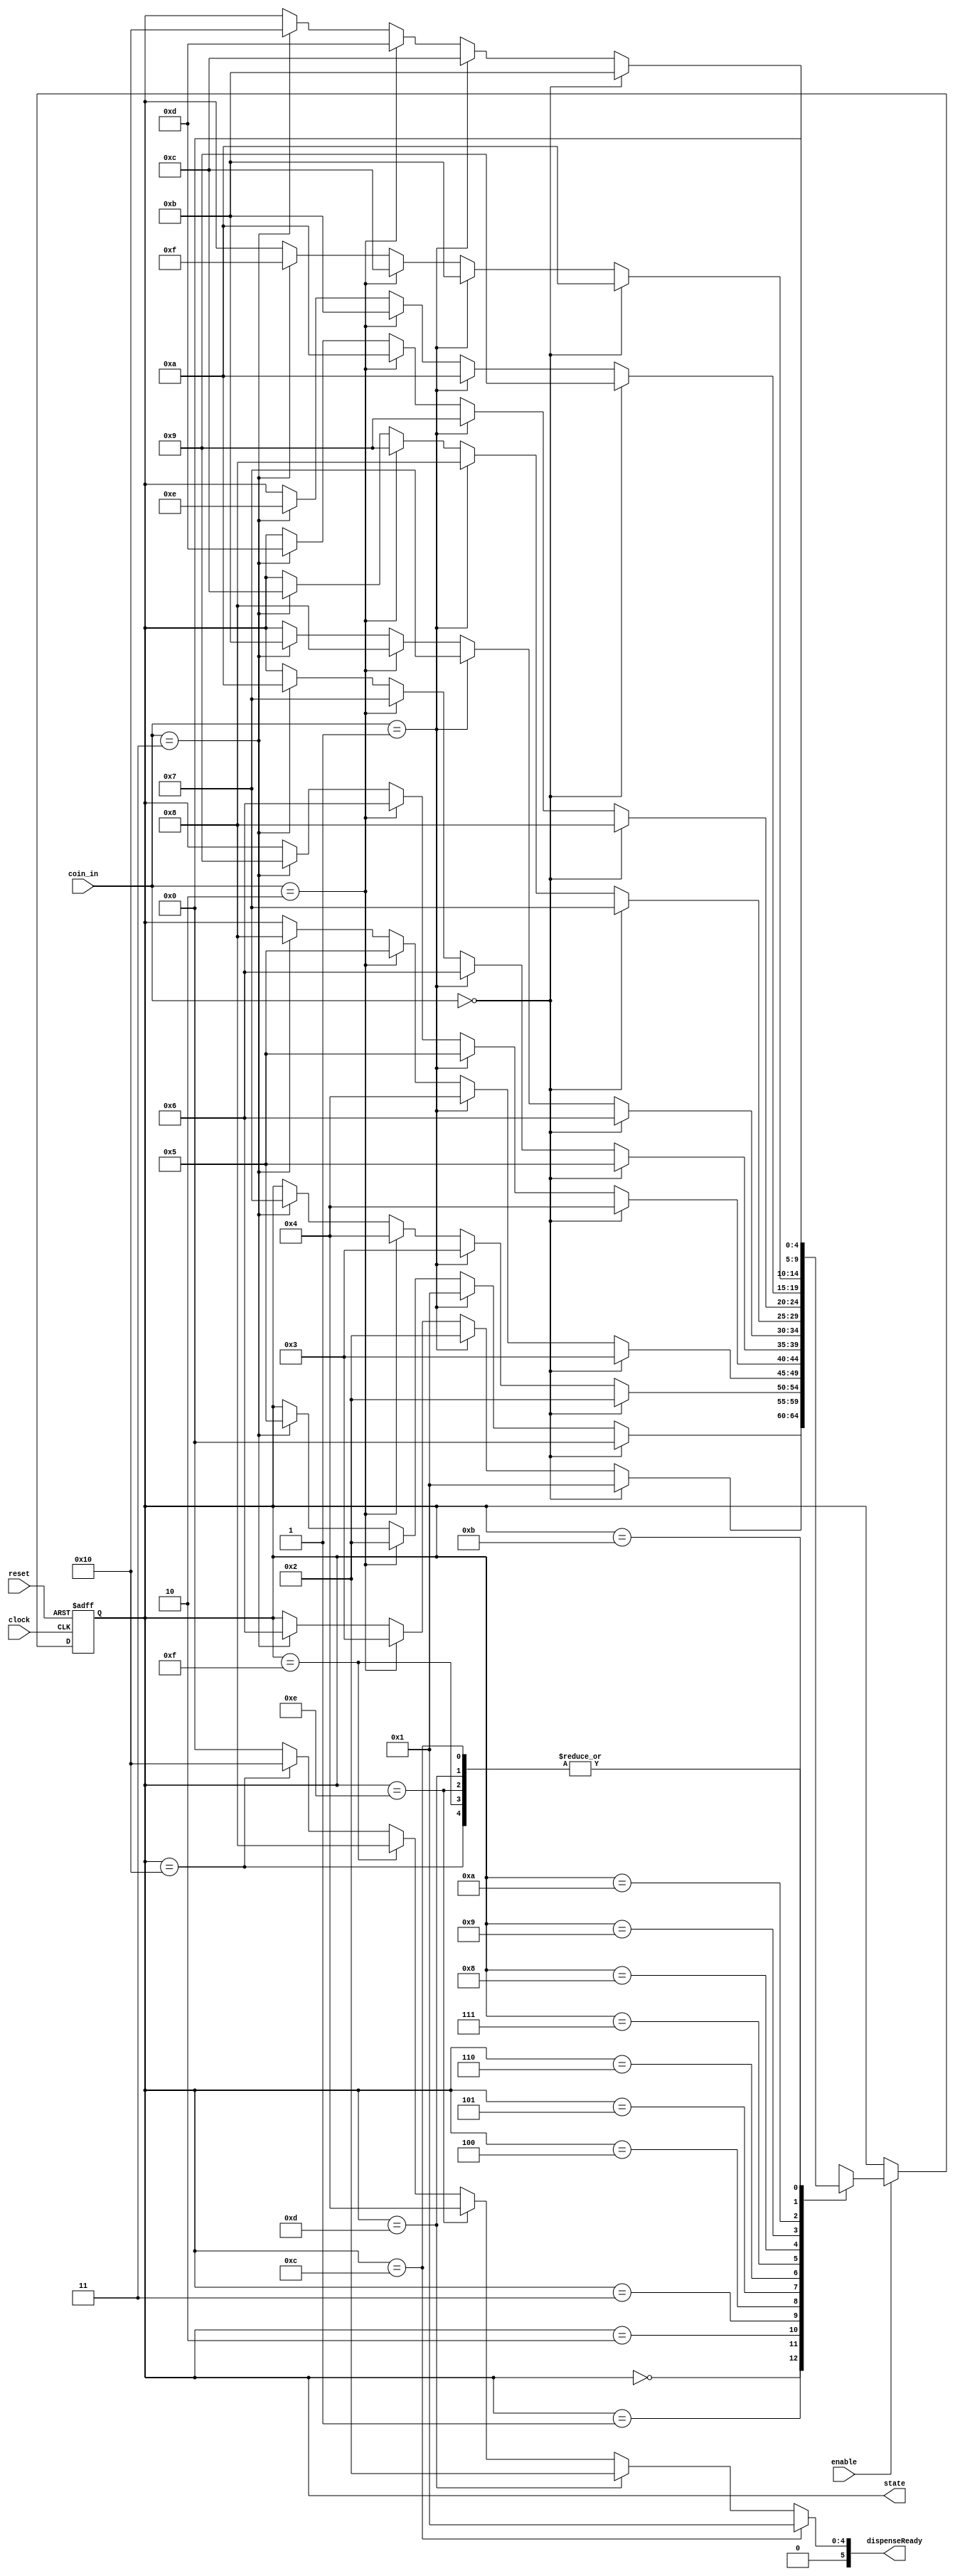
//////////////////////////////////////////////////////////////////////////////////////////////
// Version:     1
// Description: FSM for a coin-operated vending machine to keep track
//				of amount of change deposited
//////////////////////////////////////////////////////////////////////////////////////////////

module deposit_fsm_zgrankin(clock, reset, enable, coin_in, dispenseReady, state);
	input  clock, reset, enable;
	input  [1:0] coin_in;
	output reg [5:0] dispenseReady;
	
	output reg [4:0] state;
	
	// states for each amount of money that could currently be in the vending machine
	parameter [4:0] s00 = 5'd0,  s05 = 5'd1,  s10 = 5'd2,
					s15 = 5'd3,  s20 = 5'd4,  s25 = 5'd5, 
					s30 = 5'd6,  s35 = 5'd7,  s40 = 5'd8, 
					s45 = 5'd9,  s50 = 5'd10, s55 = 5'd11, 
					s60 = 5'd12, s65 = 5'd13, s70 = 5'd14,
					s75 = 5'd15, s80 = 5'd16;
			  
	parameter [1:0] nocoin = 2'b00, nickel  = 2'b01, // types of coin inputs
					dime   = 2'b10, quarter = 2'b11;

	
	always @(posedge clock or negedge reset) begin
		if (!reset)
			state <= s00;
		
		else if (enable || (dispenseReady == 6'b100000)) begin
		case(state)	
				s00: begin // 0 cents
					if (coin_in == nocoin) 	 state <= s00;
					else if (coin_in == nickel)  state <= s05;
					else if (coin_in == dime) 	 state <= s10;
					else if (coin_in == quarter) state <= s25;
				end
				
				s05: begin // 5 cents
					if (coin_in == nocoin) 	 state <= s05;
					else if (coin_in == nickel)  state <= s10;
					else if (coin_in == dime) 	 state <= s15;
					else if (coin_in == quarter) state <= s30;
				end
				
				s10: begin // 10 cents
					if (coin_in == nocoin) 	 state <= s10;
					else if (coin_in == nickel)  state <= s15;
					else if (coin_in == dime) 	 state <= s20;
					else if (coin_in == quarter) state <= s35;
				end
				
				s15: begin // 15 cents
					if (coin_in == nocoin) 	 state <= s15;
					else if (coin_in == nickel)  state <= s20;
					else if (coin_in == dime)  	 state <= s25;
					else if (coin_in == quarter) state <= s40;
				end
				
				s20: begin // 20 cents
					if (coin_in == nocoin)		 state <= s20;
					else if (coin_in == nickel)  state <= s25;
					else if (coin_in == dime)  	 state <= s30;
					else if (coin_in == quarter) state <= s45;
				end
				
				s25: begin // 25 cents
					if (coin_in == nocoin) 	 state <= s25;
					else if (coin_in == nickel)  state <= s30;
					else if (coin_in == dime)  	 state <= s35;
					else if (coin_in == quarter) state <= s50;
				end
				
				s30: begin // 30 cents
					if (coin_in == nocoin) 	 state <= s30;
					else if (coin_in == nickel)  state <= s35;
					else if (coin_in == dime)  	 state <= s40;
					else if (coin_in == quarter) state <= s55;
				end
				
				s35: begin // 35 cents
					if (coin_in == nocoin) 	 state <= s35;
					else if (coin_in == nickel)  state <= s40;
					else if (coin_in == dime)  	 state <= s45;
					else if (coin_in == quarter) state <= s60;
				end	
				
				s40: begin // 40 cents
					if (coin_in == nocoin) 	 state <= s40;
					else if (coin_in == nickel)  state <= s45;
					else if (coin_in == dime)  	 state <= s50;
					else if (coin_in == quarter) state <= s65;
				end	
				
				s45: begin // 45 cents
					if (coin_in == nocoin) 	 state <= s45;
					else if (coin_in == nickel)  state <= s50;
					else if (coin_in == dime)  	 state <= s55;
					else if (coin_in == quarter) state <= s70;
				end	
				
				s50: begin // 50 cents
					if (coin_in == nocoin) 	 state <= s50;
					else if (coin_in == nickel)  state <= s55;
					else if (coin_in == dime) 	 state <= s60;
					else if (coin_in == quarter) state <= s75;
				end	
				
				s55: begin // 55 cents
					if (coin_in == nocoin) 	 state <= s55;
					else if (coin_in == nickel)  state <= s60;
					else if (coin_in == dime) 	 state <= s65;
					else if (coin_in == quarter) state <= s80;
				end	
				
				s60: begin // 60 cents
					state = s00;
				end	
				
				s65: begin // 65 cents
					state = s00;
				end	
				
				s70: begin // 70 cents
					state = s00;
				end	
				
				s75: begin // 75 cents
					state = s00;
				end	
				
				s80: begin // 80 cents
					state = s00;
				end	

				default: state = 5'bxxxxx;
			endcase
		end
	end

	always@(state) begin
		if 		(state == s60)	dispenseReady = 6'b000001;
		else if (state == s65)	dispenseReady = 6'b000010;
		else if (state == s70)	dispenseReady = 6'b000100;
		else if (state == s75)	dispenseReady = 6'b001000;
		else if (state == s80)	dispenseReady = 6'b010000;
		else 					dispenseReady = 6'b000000;
	end
		
endmodule